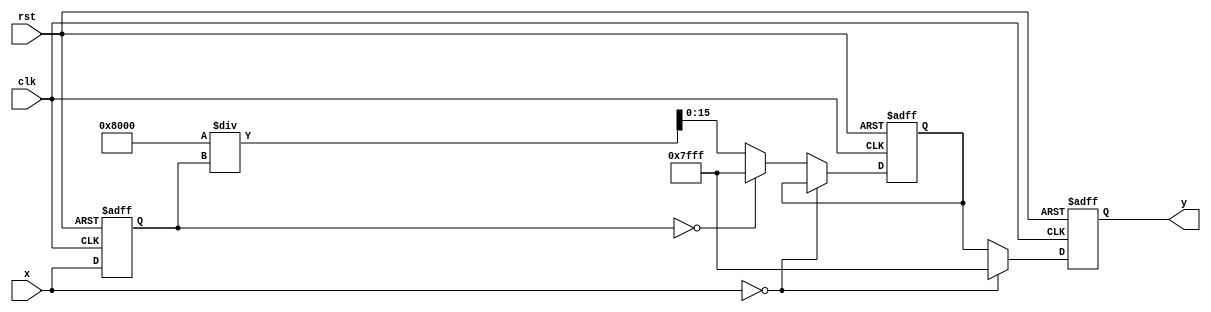
module csch (
    input wire signed [15:0] x,  // Input value (fixed-point representation)
    output reg signed [15:0] y,   // Output value (csch(x))
    input wire clk,
    input wire rst
);

    // Internal signals
    reg signed [15:0] sinh_x;     // To hold the value of sinh(x)
    reg signed [15:0] reciprocal;  // To hold the reciprocal of sinh(x)

    // Constants
    parameter LARGE_VALUE = 16'h7FFF; // Define a large value for infinity representation
    parameter ZERO = 16'h0000;         // Define zero

    // Function to compute sinh(x) using a simple Taylor series approximation
    function signed [15:0] sinh;
        input signed [15:0] x;
        begin
            // Taylor series expansion: sinh(x) = x + x^3/6 + x^5/120 + ...
            // For simplicity, we will only use the first term
            sinh = x; // This can be expanded for more precision
        end
    endfunction

    // Function to compute reciprocal
    function signed [15:0] reciprocal_func;
        input signed [15:0] value;
        begin
            if (value == 0) begin
                reciprocal_func = LARGE_VALUE; // Handle division by zero
            end else begin
                reciprocal_func = (1 << 15) / value; // Fixed-point reciprocal approximation
            end
        end
    endfunction

    // Main computation block
    always @(posedge clk or posedge rst) begin
        if (rst) begin
            y <= 0;
            sinh_x <= 0;
            reciprocal <= 0;
        end else begin
            // Compute sinh(x)
            sinh_x <= sinh(x);

            // Handle special case for x = 0
            if (x == 0) begin
                y <= LARGE_VALUE; // csch(0) is undefined, output a large value
            end else begin
                // Compute reciprocal of sinh(x)
                reciprocal <= reciprocal_func(sinh_x);
                y <= reciprocal; // Output the csch(x)
            end
        end
    end

endmodule